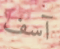
آسف